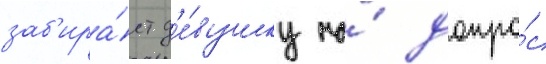
заб'ира́ет д'е́вушку на́ допро́с